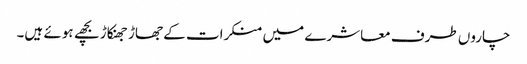
چاروں طرف معاشرے میں منکرات کے جھاڑ جھنکاڑ بچھے ہوئے ہیں۔